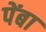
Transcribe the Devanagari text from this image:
पेंबा